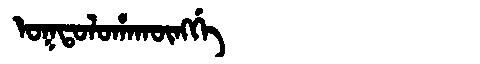
Manchu: ᠣᡴᡨᠣᠯᠣᡥᠠᡴᡡᠩᡤᡝ
Romanization: OKTOLOHAKŪNGGE